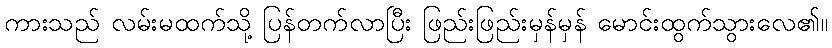
ကားသည် လမ်းမထက်သို့ ပြန်တက်လာပြီး ဖြည်းဖြည်းမှန်မှန် မောင်းထွက်သွားလေ၏။